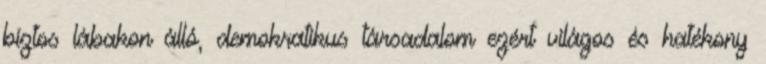
biztos lábakon álló, demokratikus társadalom ezért világos és hatékony